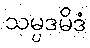
သမ္ပဒမိဒံ